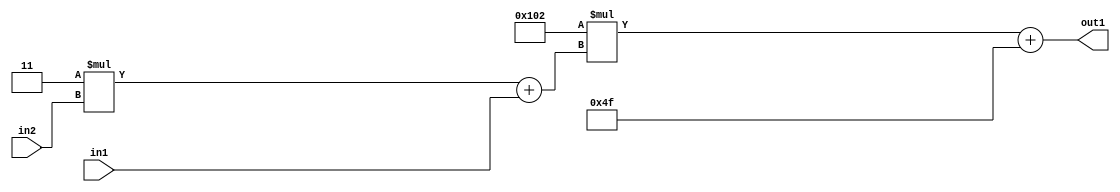
`timescale 1ps / 1ps
/*****************************************************************************
    Verilog RTL Description
    
    
    Created by: Stratus DpOpt 2019.1.01 
*******************************************************************************/

module DC_Filter_Add2i79Mul2i258Add2u1Mul2i3u2_1 (
	in2,
	in1,
	out1
	); /* architecture "behavioural" */ 
input [1:0] in2;
input  in1;
output [11:0] out1;
wire [11:0] asc001;
wire [3:0] asc002;

wire [3:0] asc002_tmp_0;
assign asc002_tmp_0 = 
	+(4'B0011 * in2);
assign asc002 = asc002_tmp_0
	+(in1);

wire [11:0] asc001_tmp_1;
assign asc001_tmp_1 = 
	+(12'B000100000010 * asc002);
assign asc001 = asc001_tmp_1
	+(12'B000001001111);

assign out1 = asc001;
endmodule

/* CADENCE  v7b1Tws= : u9/ySgnWtBlWxVPRXgAZ4Og= ** DO NOT EDIT THIS LINE ******/